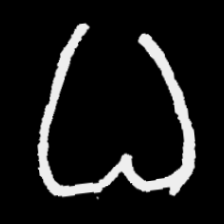
Pyu character \u2014 Myanmar letter: ဓ (romanized: dha)